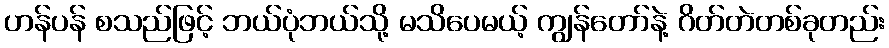
ဟန်ပန် စသည်ဖြင့် ဘယ်ပုံဘယ်သို့ မသိပေမယ့် ကျွန်တော်နဲ့ ဂိတ်တဲတစ်ခုတည်း